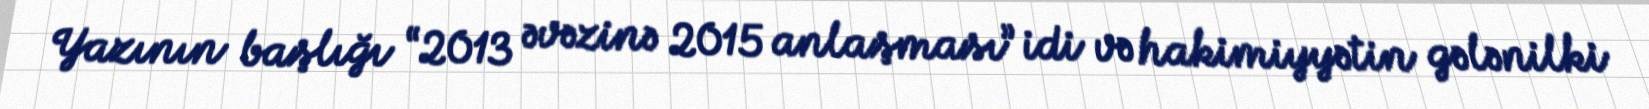
Yazının başlığı “2013 əvəzinə 2015 anlaşması” idi və hakimiyyətin gələnilki